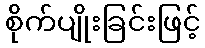
စိုက်ပျိုးခြင်းဖြင့်